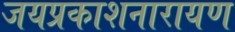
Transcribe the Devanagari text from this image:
जयप्रकाशनारायण